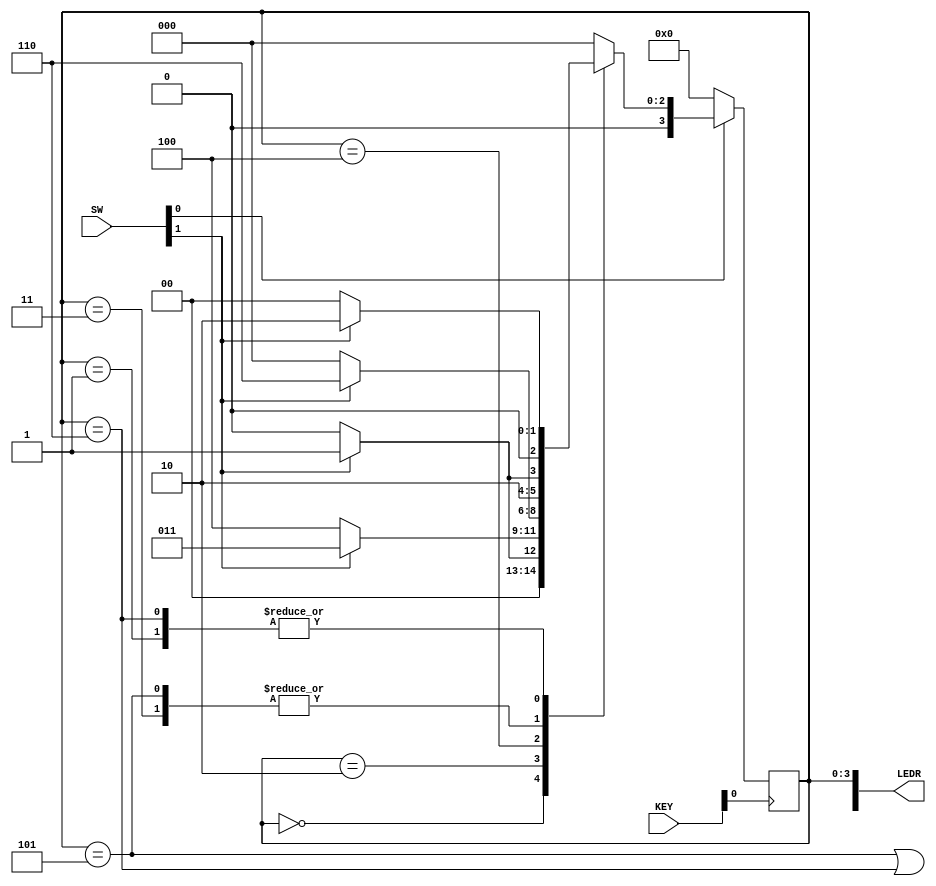
//SW[0] reset when 0
//SW[1] input signal

//KEY[0] clock signal

//LEDR[3:0] displays current state
//LEDR[9] displays output

module sequence_detector(SW, KEY, LEDR);
    input [9:0] SW;
    input [3:0] KEY;
    output [9:0] LEDR;

    wire w, clock, resetn, out_light;
    
    reg [3:0] y_Q, Y_D; // y_Q represents current state, Y_D represents next state
    
    localparam A = 4'b0000, B = 4'b0001, C = 4'b0010, D = 4'b0011, E = 4'b0100, F = 4'b0101, G = 4'b0110;
    
    assign w = SW[1];
    assign clock = ~KEY[0];
    assign resetn = SW[0];

    //State table
    //The state table should only contain the logic for state transitions
    //Do not mix in any output logic. The output logic should be handled separately.
    //This will make it easier to read, modify and debug the code.
    always@(*)
    begin: state_table
        case (y_Q)
            A: begin
                   if (!w) Y_D = A;
                   else Y_D = B;
               end
            B: begin
                   if(!w) Y_D = A;
                   else Y_D = C;
               end
            C: begin
				       if(!w) Y_D = E;
						 else Y_D = D;
				   end
            D: begin
				       if(!w) Y_D = E;
						 else Y_D = F;
				   end
            E:  begin
				       if(!w) Y_D = A;
						 else Y_D = G;
				   end
            F: begin
				       if(!w) Y_D = E;
						 else Y_D = F;
				   end
            G: begin
				       if(!w) Y_D = A;
						 else Y_D = C;
				   end
            default: Y_D = A;
        endcase
    end // state_table
    
    // State Registers
    always @(posedge clock)
    begin: state_FFs
        if(resetn == 1'b0)
            y_Q <=  A; // Should set reset state to state A
        else
            y_Q <= Y_D;
    end // state_FFS

    // Output logic
    // Set out_light to 1 to turn on LED when in relevant states
    assign out_light = ((y_Q == F) | (y_Q == G));

    assign LEDR[9] = out_light;
    assign LEDR[3:0] = y_Q;
endmodule